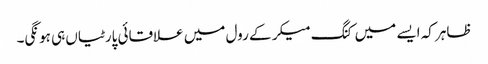
ظاہر کہ ایسے میں کنگ میکر کے رول میں علاقائی پارٹیاں ہی ہونگی۔